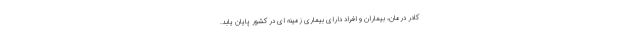
کادر درمان، بیماران و افراد دارای بیماری زمینه ای در کشور پایان یابد.